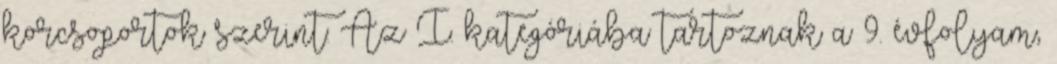
korcsoportok szerint: Az I. kategóriába tartoznak a 9. évfolyam,